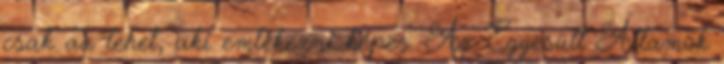
csak az lehet, aki emlékezni képes. Az Egyesült Államok